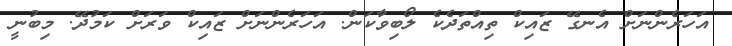
އަހަރެންނަށް އެނގޭ ޒައިކް ތިއްތަދެކެ ލޯބިވާކަން. އަހަރެންނަށް ޒައިކް ވަރަށް ކަމުދޭ. މިބުނީ